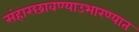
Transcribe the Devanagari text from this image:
संहारछावण्याउभारण्यात